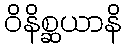
ဝိနိစ္ဆယာနိ